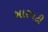
બારવટી